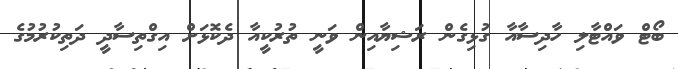
ބޯޓް ވައްޓާލި ހާދިސާއާ ގުޅިގެން ރަޝިޔާއިން ވަނީ ތުރުކީއާ ދެކޮޅަށް އިގްތިސާދީ ދަތިކުރުމުގެ